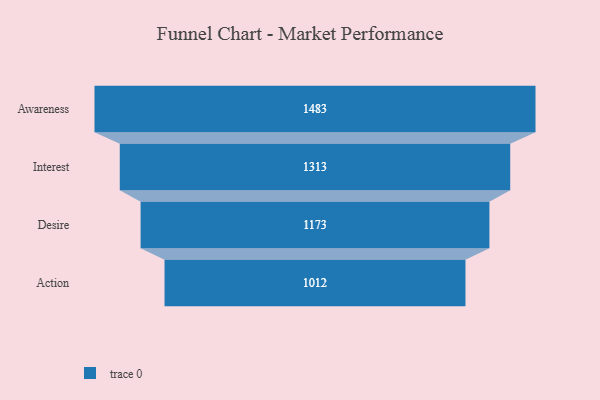
{"axis": {"x": "Stage", "y": "Value"}, "legend": [""], "data": [{"x": "Awareness", "y": 1483.0, "type": ""}, {"x": "Interest", "y": 1313.0, "type": ""}, {"x": "Desire", "y": 1173.0, "type": ""}, {"x": "Action", "y": 1012.0, "type": ""}]}